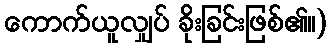
ကောက်ယူလျှပ် ခိုးခြင်းဖြစ်၏။)